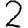
Digit: 2